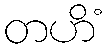
တဟိံ